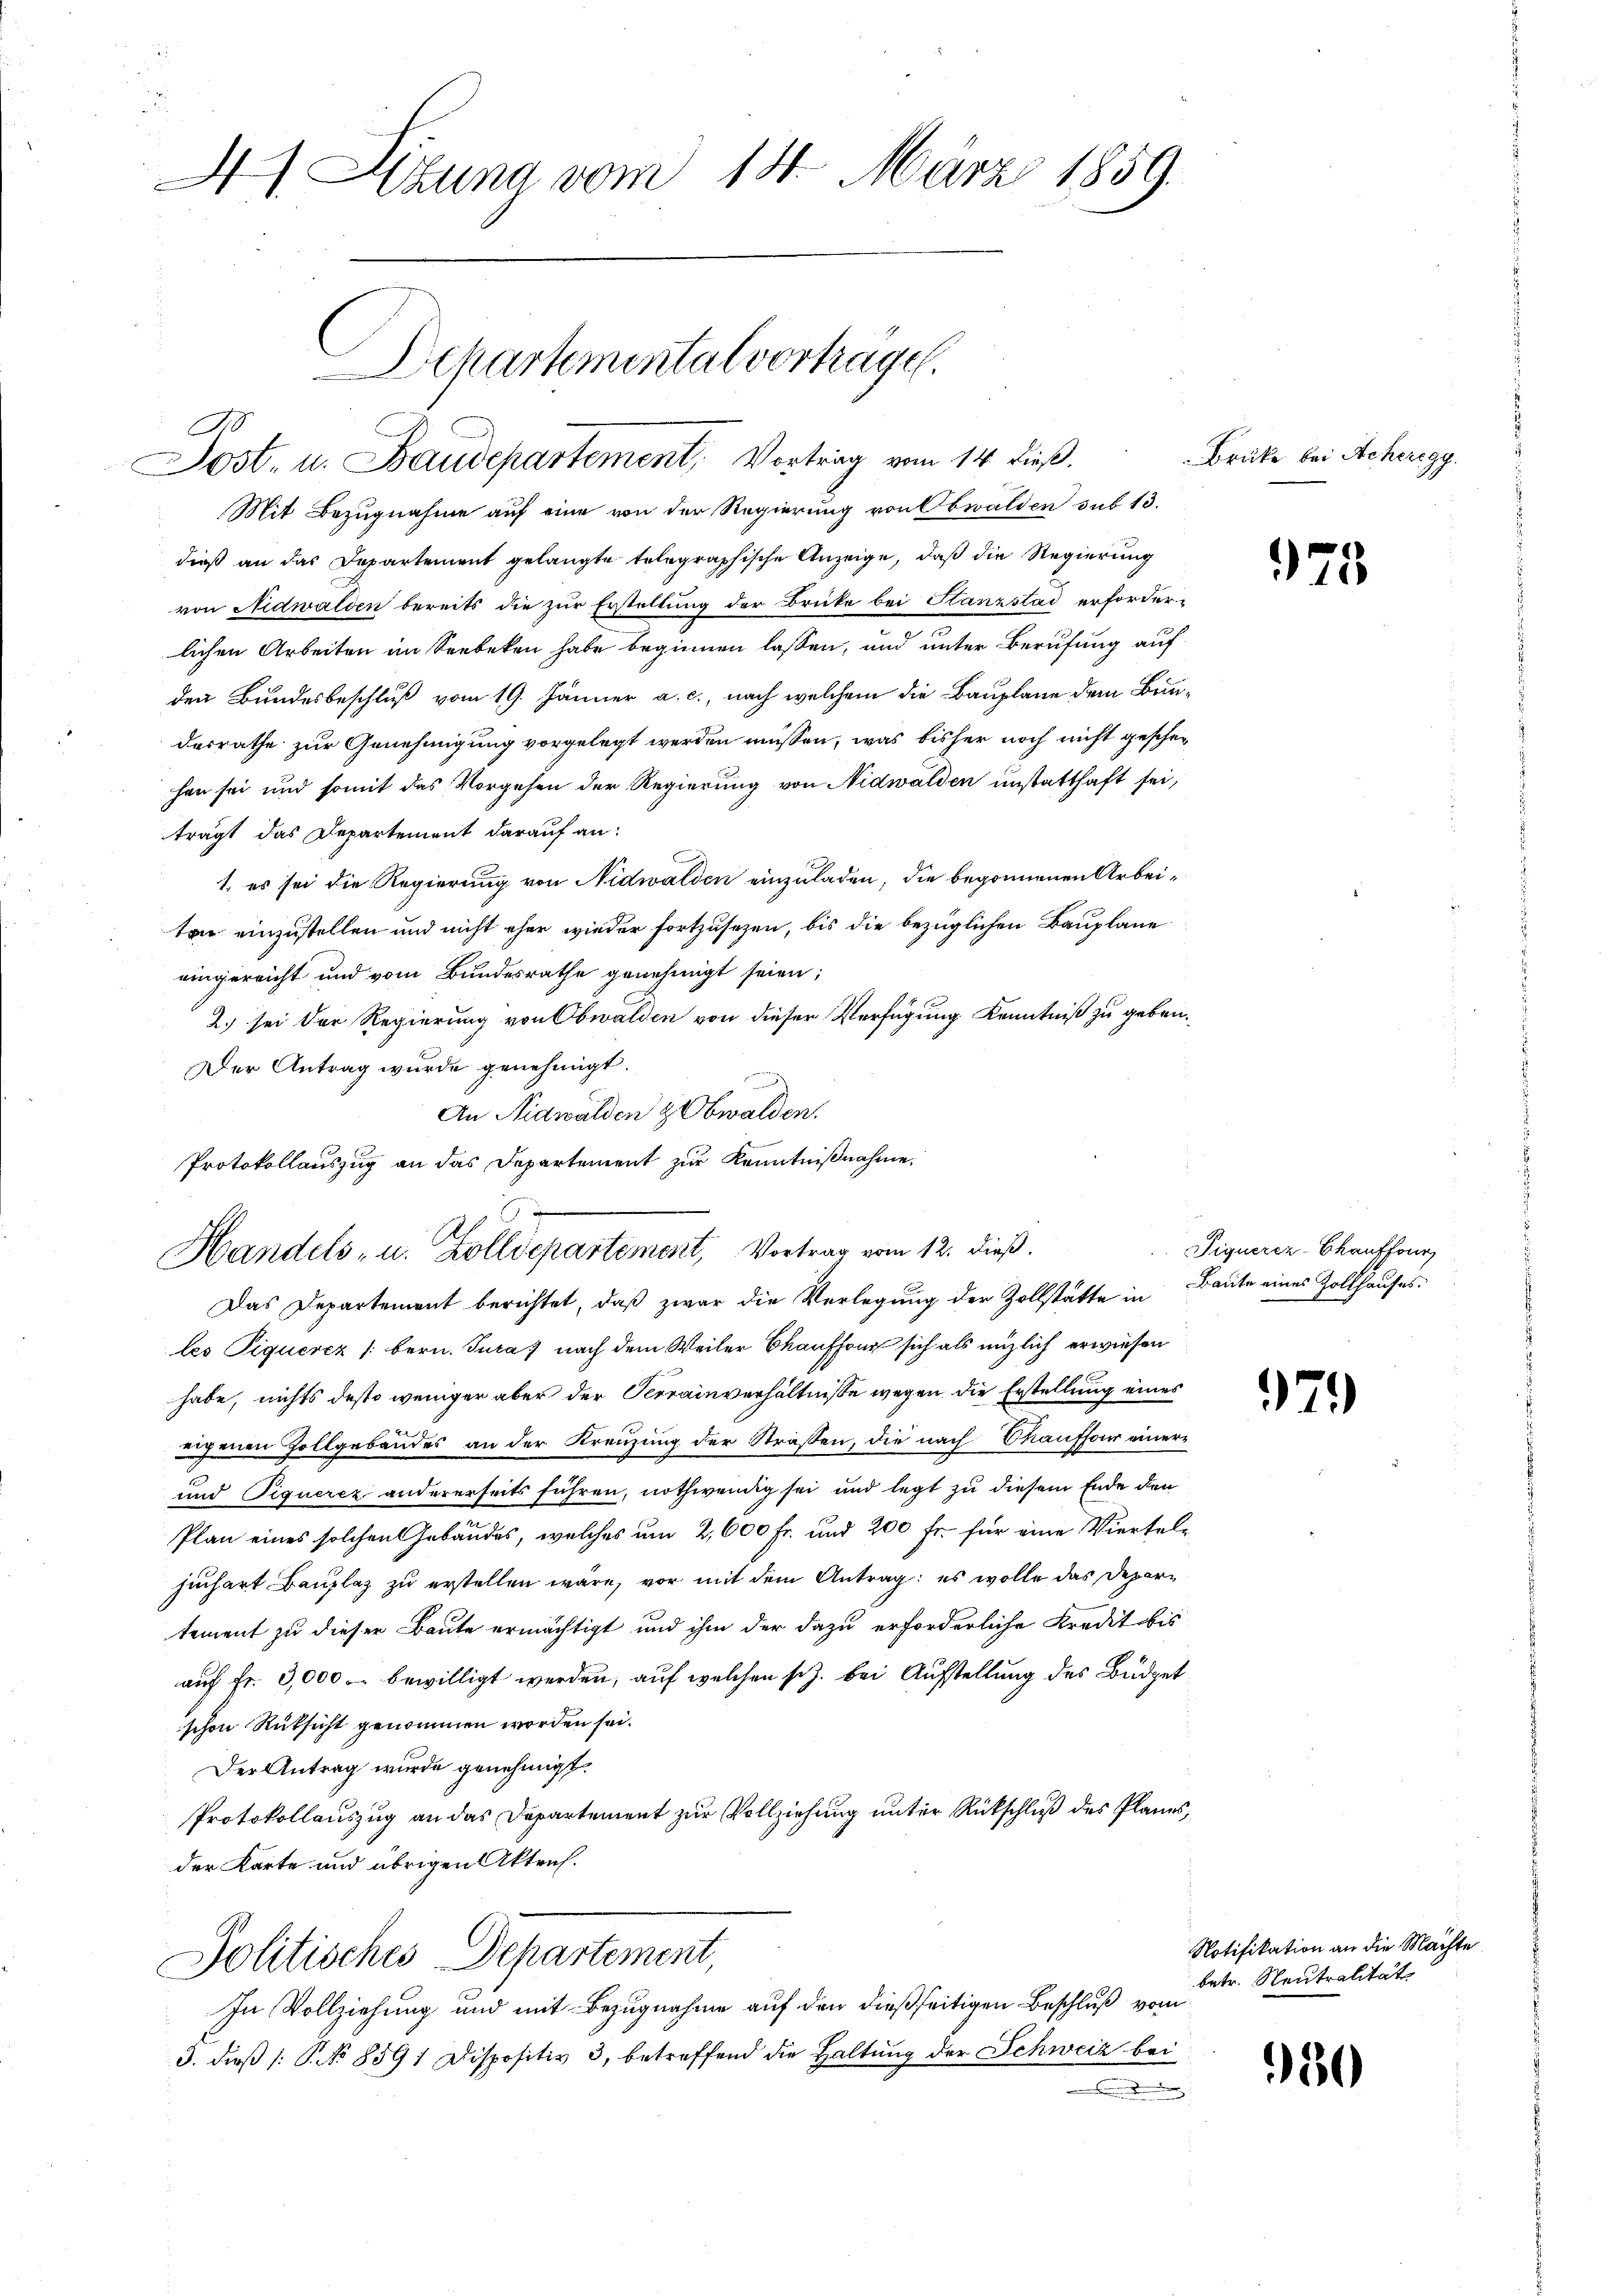
44 Lezuna vom 14. März 1859.

Mit Bezugnahme auf eine von der Regierung von Obwalden sub 13.
dieß an das Departement gelangte telegraphische Anzeige, daß die Regierung
von Nidwalden bereits die zur Erstellung der Brücke bei Stanzstad erforderlichen Arbeiten im Seebeken habe beginnen lassen, und unter Berufung auf
den Bundesbeschluß vom 19. Jänner a. c., nach welchem die Bauplane dem Bundesrathe zur Genehmigung vorgelegt werden müssen, was bisher noch nicht geschehen sei und somit das Vorgehen der Regierung von Nidwalden unstatthaft sei,
trägt das Departement darauf an:
1. es sei die Regierung von Nidwalden einzuladen, die begonnenen Arbeiten einzustellen und nicht eher wieder fortzusetzen, bis die bezüglichen Bauplane
eingereicht und vom Bundesrathe genehmigt seien;
2.) sei der Regierung von Obwalden von dieser Verfügung Kenntniß zu geben.
Der Antrag wurde genehmigt.
An Nidwalden & Obwalden.
Protokollauszug an das Departement zur Kenntnißnahme,
Handels- u. Zolldepartement, Vortrag vom 12. dieß.
Das Departement berichtet, daß zwar die Verlegung der Zollstätte in
les Tiquercz (Bern. Jura) nach dem Weiler kauffons sich als nüzlich erwiesen
habe, nichts desto weniger aber der Terrainverhältnisse wegen die Erstellung eines
eigenen Zollgebäudes an der Kreuzung der Straßen, die nach Chauffour einer¬
und Tiguerez andererseits führen, nothwendig sei und legt zu diesem Ende den
Plan eines solchen Gebäudes, welches um 2,600 Fr. und 200 Fr. für eine Vierteljuchart Bauplaz zu erstellen wäre, vor mit dem Antrag: es wolle das Departement zu dieser Baute ermächtigt und ihm der dazu erforderliche Kredit bis
auf Fr. 3,000 bewilligt werden, auf welchen sch. bei Aufstellung des Büdgetschon Rüksicht genommen worden sei.
Der Antrag wurde genehmigt.
Protokollauszug an das Departement zur Vollziehung unter Rückschluß des Planes,
der Karte und übrigen Aktens.
Politisches Departement
In Vollziehung und mit Bezugnahme auf den dießseitigen Beschluß vom
3. dieß (: S. No 8591 Dispositiv 3, betreffend die Haltung der Schweiz bei
.

A

Departemental vortrage.
Dost. u. Baudepartement, Vortrag vom 14. dieß.

Brücke bei Acheregg.

75

Piquerez-Chauffour
Baute eines Zollhauses.

71)

Notifikation an die Machte
betr. Neutralität

950